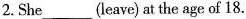
2.She___(leave) at the age of 18.